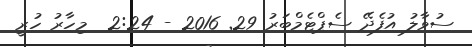
ސުވާލު އުފެދޭ ސެޕްޓެމްބަރު 29